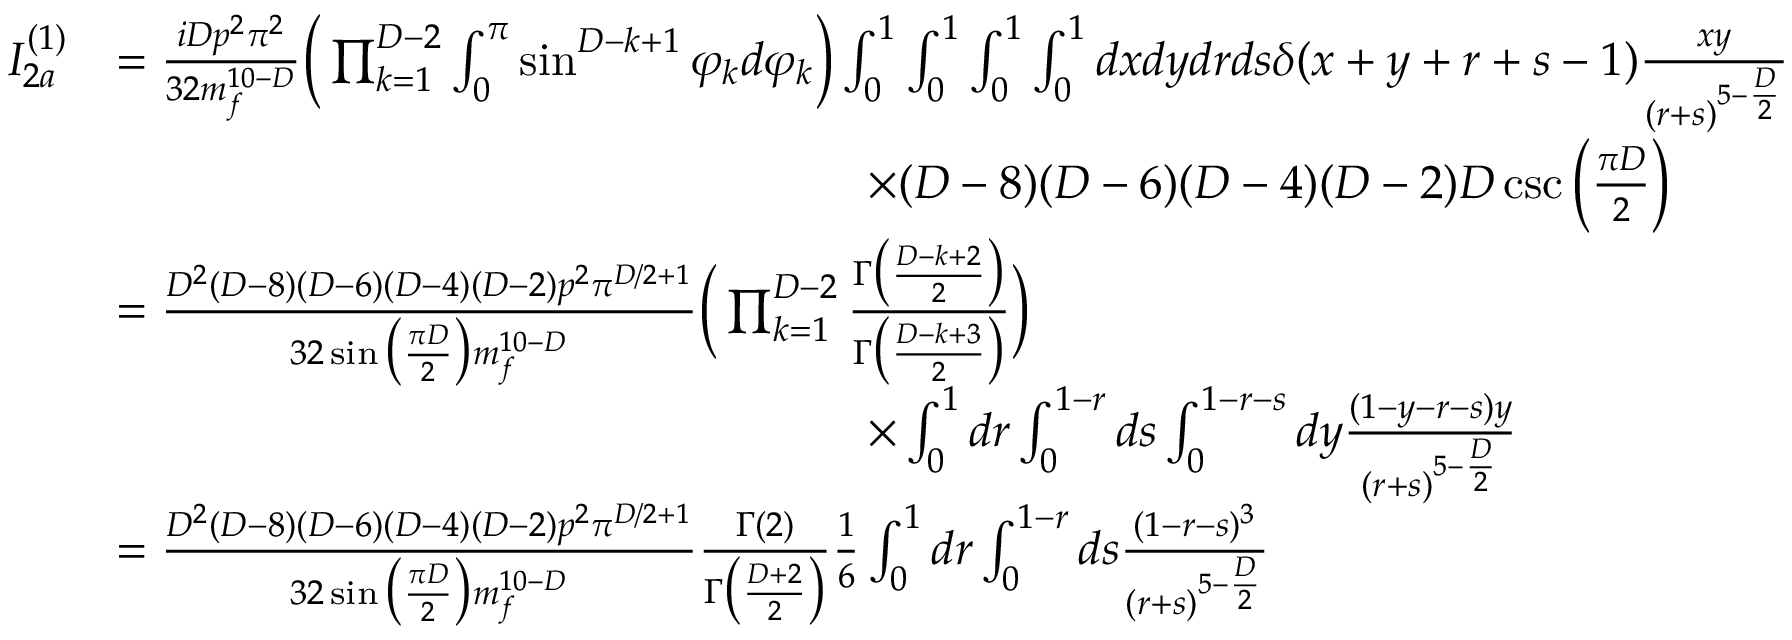
\begin{array} { r l } { I _ { 2 a } ^ { ( 1 ) } } & { = \frac { i D p ^ { 2 } \pi ^ { 2 } } { 3 2 m _ { f } ^ { 1 0 - D } } \bigg ( \prod _ { k = 1 } ^ { D - 2 } \int _ { 0 } ^ { \pi } \sin ^ { D - k + 1 } \varphi _ { k } d \varphi _ { k } \bigg ) \int _ { 0 } ^ { 1 } \int _ { 0 } ^ { 1 } \int _ { 0 } ^ { 1 } \int _ { 0 } ^ { 1 } d x d y d r d s \delta ( x + y + r + s - 1 ) \frac { x y } { ( r + s ) ^ { 5 - \frac { D } { 2 } } } } \\ & { \quad \quad \quad \quad \quad \quad \quad \quad \quad \quad \quad \quad \quad \quad \quad \quad \times ( D - 8 ) ( D - 6 ) ( D - 4 ) ( D - 2 ) D \csc \bigg ( \frac { \pi D } { 2 } \bigg ) } \\ & { = \frac { D ^ { 2 } ( D - 8 ) ( D - 6 ) ( D - 4 ) ( D - 2 ) p ^ { 2 } \pi ^ { D / 2 + 1 } } { 3 2 \sin \big ( \frac { \pi D } { 2 } \big ) m _ { f } ^ { 1 0 - D } } \bigg ( \prod _ { k = 1 } ^ { D - 2 } \frac { \Gamma \big ( \frac { D - k + 2 } { 2 } \big ) } { \Gamma \big ( \frac { D - k + 3 } { 2 } \big ) } \bigg ) } \\ & { \quad \quad \quad \quad \quad \quad \quad \quad \quad \quad \quad \quad \quad \quad \quad \quad \times \int _ { 0 } ^ { 1 } d r \int _ { 0 } ^ { 1 - r } d s \int _ { 0 } ^ { 1 - r - s } d y \frac { ( 1 - y - r - s ) y } { ( r + s ) ^ { 5 - \frac { D } { 2 } } } } \\ & { = \frac { D ^ { 2 } ( D - 8 ) ( D - 6 ) ( D - 4 ) ( D - 2 ) p ^ { 2 } \pi ^ { D / 2 + 1 } } { 3 2 \sin \big ( \frac { \pi D } { 2 } \big ) m _ { f } ^ { 1 0 - D } } \frac { \Gamma ( 2 ) } { \Gamma \big ( \frac { D + 2 } { 2 } \big ) } \frac { 1 } { 6 } \int _ { 0 } ^ { 1 } d r \int _ { 0 } ^ { 1 - r } d s \frac { ( 1 - r - s ) ^ { 3 } } { ( r + s ) ^ { 5 - \frac { D } { 2 } } } } \end{array}